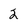
Character: 2